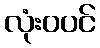
လုံးဝပင်